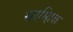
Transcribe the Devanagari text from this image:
साम्हिक